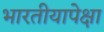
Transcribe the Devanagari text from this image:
भारतीयापेक्षा